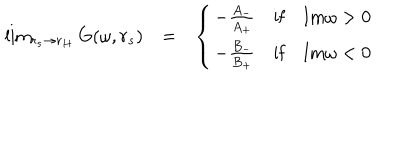
LaTeX: \begin{array} { l c l } { { \lim _ { r _ { s } \rightarrow r _ { H } } G ( \omega , r _ { s } ) } } & { { = } } & { { \left\{ \begin{array} { l c l } { { - \frac { A _ { - } } { A _ { + } } } } & { { \mathrm { i f } } } & { { \mathrm { I m } \omega > 0 } } \\ { { - \frac { B _ { - } } { B _ { + } } } } & { { \mathrm { i f } } } & { { \mathrm { I m } \omega < 0 } } \\ \end{array} \right. } } \\ \end{array}